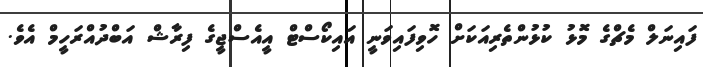
ފައިނަލް މެޗްގެ މޮޅު ކުޅުންތެރިއަކަށް ހޮވިފައިވަނީ އައިކޯސްޓް އީއެސްޖީގެ ފިރާޝް އަބްދުއްރަހީމް އެވެ.